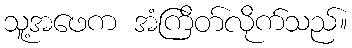
သူ့အဖေက အံကြိတ်လိုက်သည်။